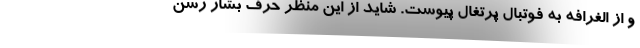
و از الغرافه به فوتبال پرتغال پیوست. شاید از این منظر حرف بشار رسن